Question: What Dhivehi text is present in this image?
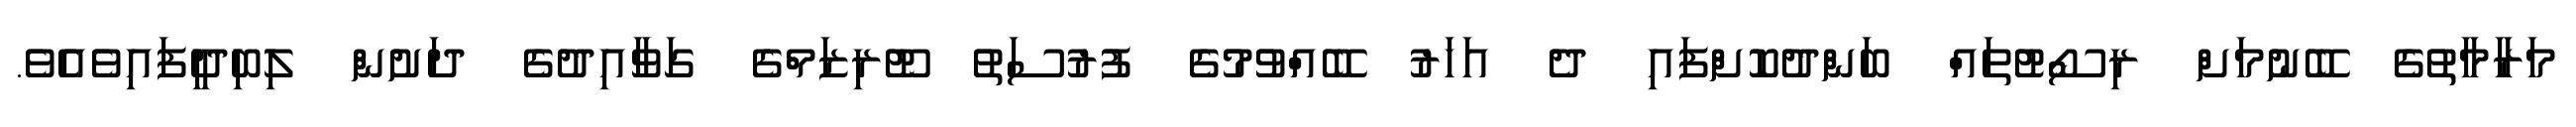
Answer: މަރާމާތުގެ ބޭނުމަށް ރިސޯޓުތައް ބަންދުކޮށްފައި ދެ އަހަރު ބޭއްވުމުގެ ފުރުސަތު ޓޫރިޒަމްގެ ގަވާއިދުގެ ދަށުން ލިބިދީފައިވެއެވެ.